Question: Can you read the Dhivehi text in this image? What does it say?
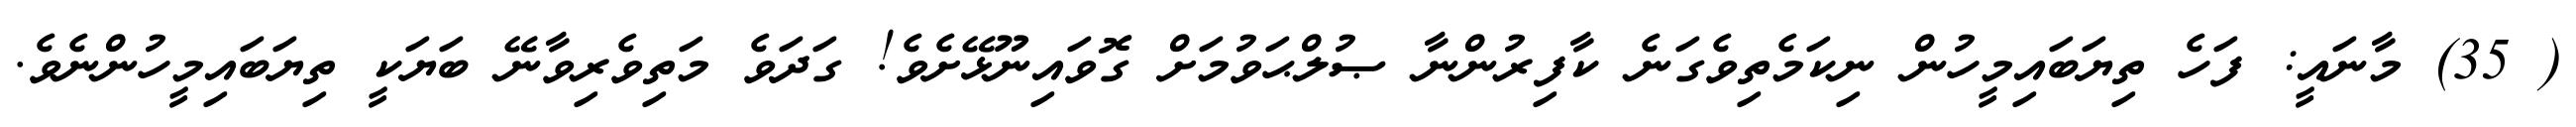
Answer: ( 35) މާނައީ: ފަހެ ތިޔަބައިމީހުން ނިކަމެތިވެގަނެ ކާފިރުންނާ ޞުލްޙަވުމަށް ގޮވައިނޫޅޭށެވެ! ގަދަވެ މަތިވެރިވާނޭ ބަޔަކީ ތިޔަބައިމީހުންނެވެ.